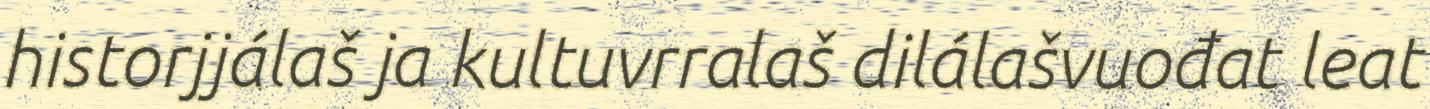
historjjálaš ja kultuvrralaš dilálašvuođat leat